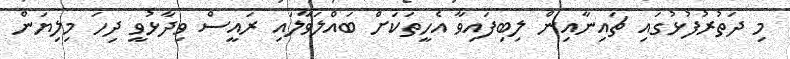
މި ދަތުރުފުޅުގައި ޗައިނާއިން ލިބިފައިވާ އެހީތަކަށް ބައްލަވާލައި ރައީސް ވިދާޅުވީ ދިހަ މިލިޔަން